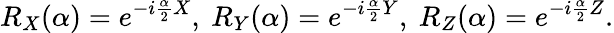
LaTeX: R_{X}(\alpha)=e^{-i\frac{\alpha}{2}X},~R_{Y}(\alpha)=e^{-i\frac{\alpha}{2}Y},~R_{Z}(\alpha)=e^{-i\frac{\alpha}{2}Z}.